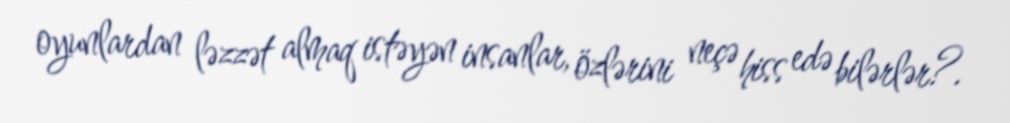
oyunlardan ləzzət almaq istəyən insanlar, özlərini neçə hiss edə bilərlər?.